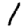
Digit: 1